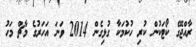
ރާއްޖޭގެ ކޯޓަކުން ކުރި ހުކުމަކާ ގުޅިގެން 2014 ވަނަ އަހަރުގެ މާޗް މަހު